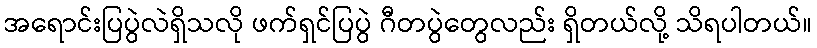
အရောင်းပြပွဲလဲရှိသလို ဖက်ရှင်ပြပွဲ ဂီတပွဲတွေလည်း ရှိတယ်လို့ သိရပါတယ်။